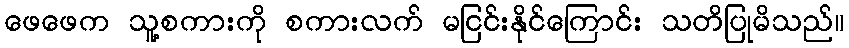
ဖေဖေက သူ့စကားကို စကားလက် မငြင်းနိုင်ကြောင်း သတိပြုမိသည်။